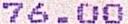
76.00